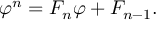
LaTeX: \varphi ^ { n } = F _ { n } \varphi + F _ { n - 1 } .